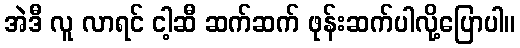
အဲဒီ လူ လာရင် ငါ့ဆီ ဆက်ဆက် ဖုန်းဆက်ပါလို့ပြောပါ။